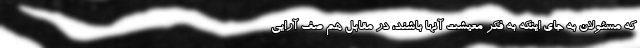
که مسئولان به جای اینکه به فکر معیشت آنها باشند، در مقابل هم صف آرایی